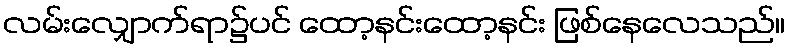
လမ်းလျှောက်ရာ၌ပင် ထော့နင်းထော့နင်း ဖြစ်နေလေသည်။